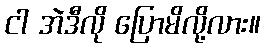
ငါ အဲဒီလို ပြောမိလို့လား။